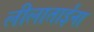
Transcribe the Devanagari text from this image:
लीलाताईंना